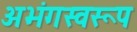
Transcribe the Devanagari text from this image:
अभंगस्वरूप